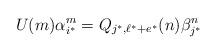
LaTeX: \begin{align*}U(m)\alpha_{i^*}^m=Q_{j^*,\ell^*+e^*}(n)\beta_{j^*}^n\end{align*}